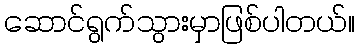
ဆောင်ရွက်သွားမှာဖြစ်ပါတယ်။